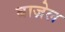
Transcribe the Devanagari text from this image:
बाज़ेल